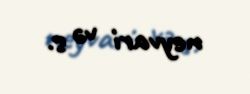
neyvari və s.